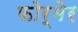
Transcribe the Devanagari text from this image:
फोर्मेर